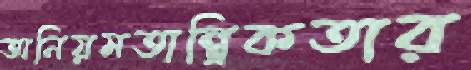
অনিয়মতান্ত্রিকতার